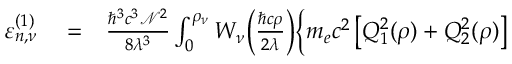
\begin{array} { r l r } { \varepsilon _ { n , \nu } ^ { ( 1 ) } } & { { } = } & { \frac { \hbar ^ { 3 } c ^ { 3 } \mathcal { N } ^ { 2 } } { 8 \lambda ^ { 3 } } \int _ { 0 } ^ { \rho _ { \nu } } W _ { \nu } \bigg ( \frac { \hbar c \rho } { 2 \lambda } \bigg ) \Big \{ m _ { e } c ^ { 2 } \, \big [ Q _ { 1 } ^ { 2 } ( \rho ) + Q _ { 2 } ^ { 2 } ( \rho ) \big ] } \end{array}